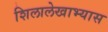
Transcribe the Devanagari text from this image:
शिलालेखाभ्यास